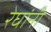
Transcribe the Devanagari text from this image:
रेघांनी